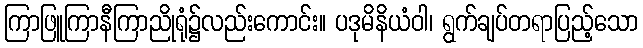
ကြာဖြူကြာနီကြာညိုရုံ၌လည်းကောင်း။ ပဒုမိနိယံဝါ၊ ရွက်ချပ်တရာပြည့်သော